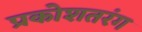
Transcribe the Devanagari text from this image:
प्रकोशतरंग